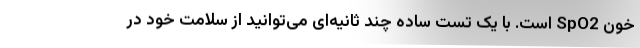
خون SpO2 است. با یک تست ساده چند ثانیه‌ای می‌توانید از سلامت خود در